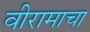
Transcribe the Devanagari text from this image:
वीरामाचा